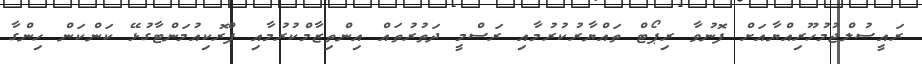
ރައީސުލްޖުމުހޫރިއްޔާއަށް ފޮނުވާ ރިޕޯޓް ތައްޔާރުކުރުމާއި ރަސްމީ ދަތުރުތައް އިންތިޒާމްކުރުމާއި ޕްރޮކިއުމަންޓާގުޅޭ ކަންކަން ހިންގާ